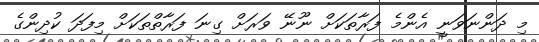
މި ދަންނަވަނީ އެންމެ ފަރާތަކަށް ނޫނޭ ވަރަށް ގިނަ ފަރާތްތަކަށް މިފަދަ ކުދިންގެ